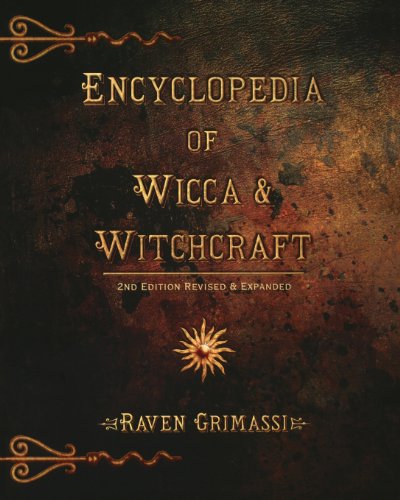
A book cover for Encyclopedia of Wicca & Witchcraft; Raven Grimassi; Reference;